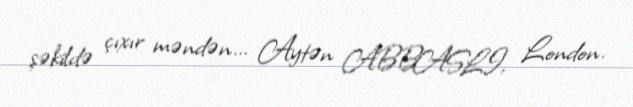
şəkildə çıxır məndən... Aytən ABBASLI, London.